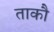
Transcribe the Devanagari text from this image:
ताकौ